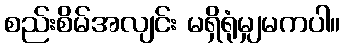
စည်းစိမ်အလျင်း မရှိရုံမျှမကပါ။